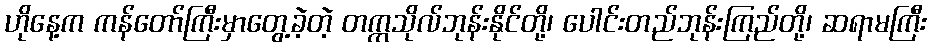
ဟိုနေ့က ကန်တော်ကြီးမှာတွေ့ခဲ့တဲ့ တက္ကသိုလ်ဘုန်းနိုင်တို့၊ ပေါင်းတည်ဘုန်းကြည်တို့၊ ဆရာမကြီး